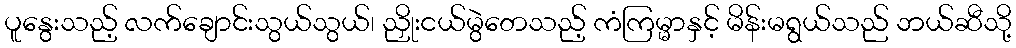
ပူနွေးသည့် လက်ချောင်းသွယ်သွယ်၊ ညှိုးငယ်မွဲတေသည့် ကံကြမ္မာနှင့် မိန်းမရွယ်သည် ဘယ်ဆီသို့